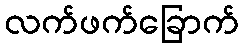
လက်ဖက်ခြောက်